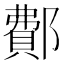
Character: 鄪